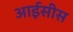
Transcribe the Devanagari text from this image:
आईसीस